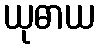
ယုဓာယ